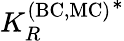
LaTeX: {K_{R}^{\mathrm{(BC,MC)}}}^{*}